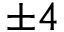
\pm 4